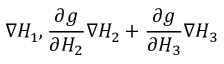
\nabla H _ { 1 } , \frac { \partial g } { \partial H _ { 2 } } \nabla H _ { 2 } + \frac { \partial g } { \partial H _ { 3 } } \nabla H _ { 3 }